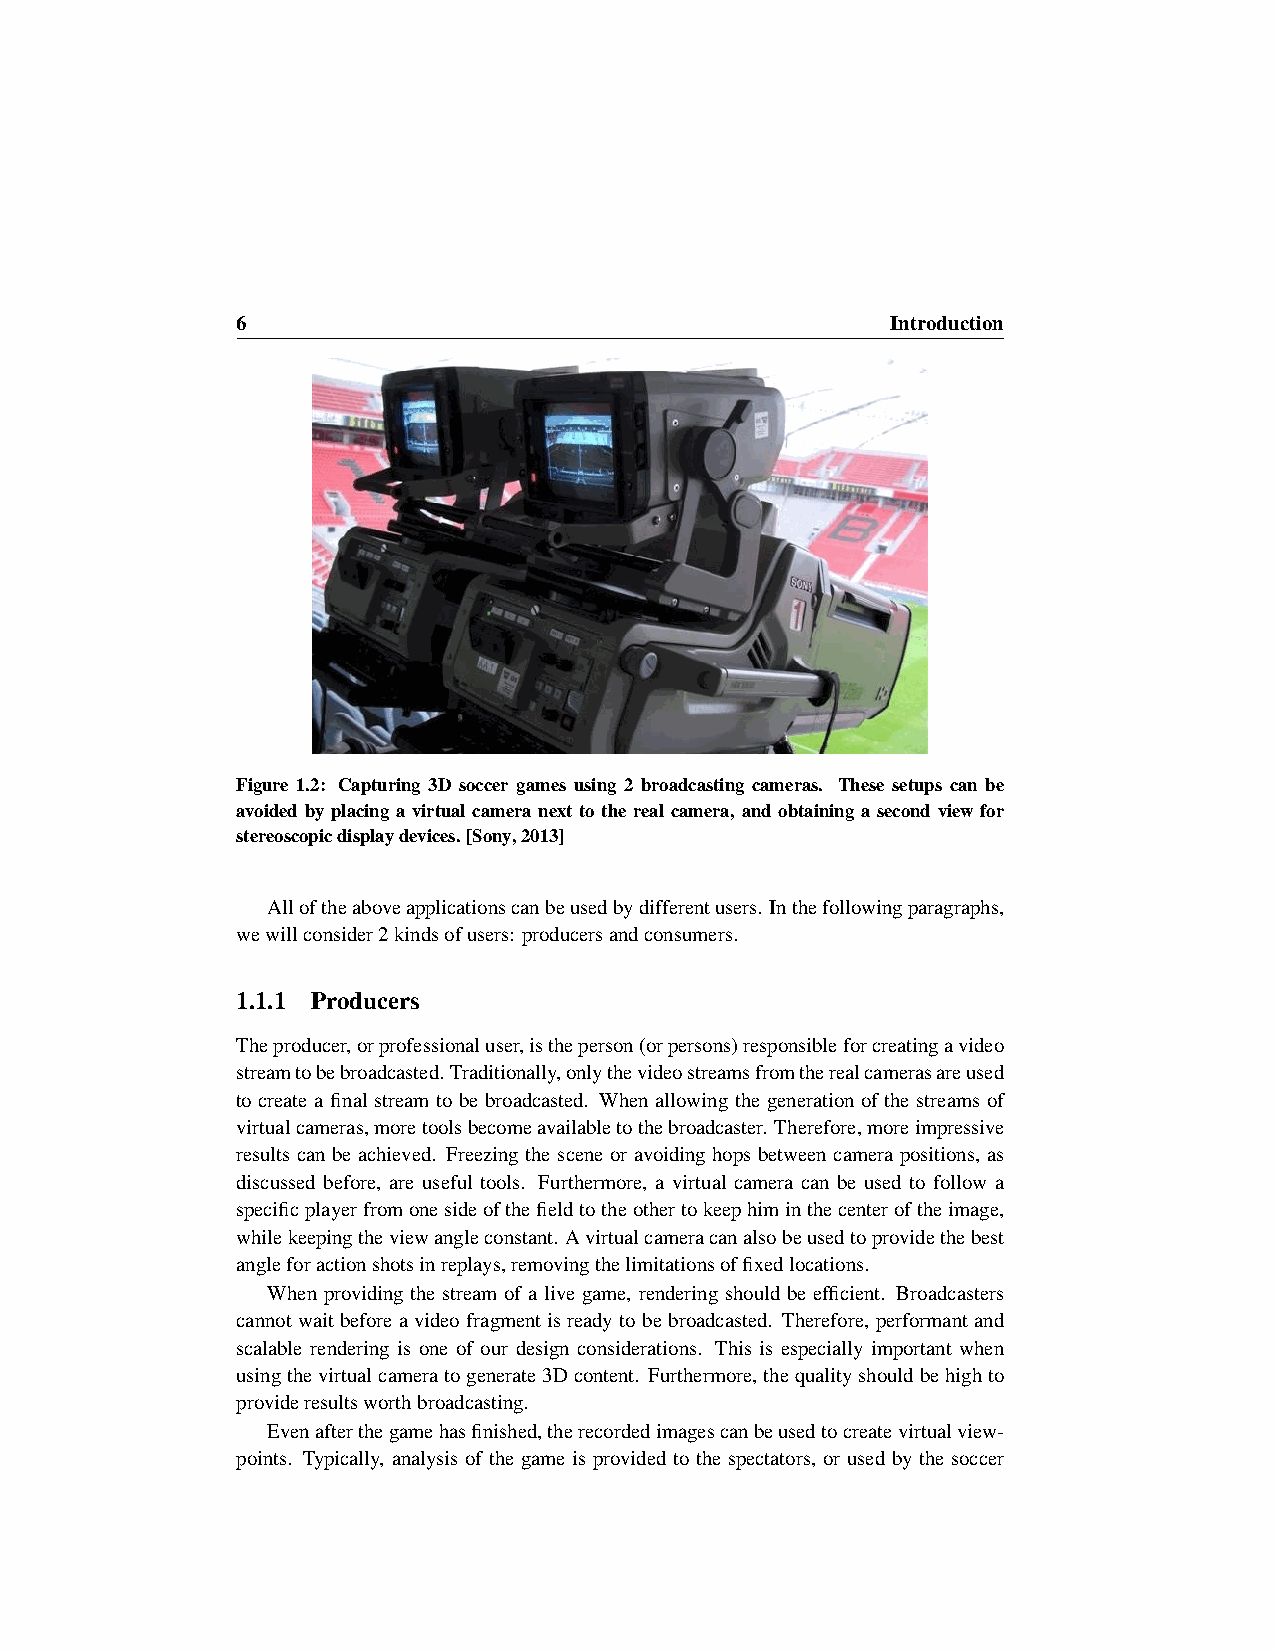
6                                          Introduction
 Figure 1.2: Capturing 3D soccer games using 2 broadcasting cameras. These setups can be
 avoided by placing a virtual camera next to the real camera, and obtaining a second view for
 stereoscopicdisplaydevices.[Sony,2013]
 Alloftheaboveapplicationscanbeusedbydifferentusers. Inthefollowingparagraphs,
 wewillconsider2kindsofusers: producersandconsumers.
 1.1.1 Producers
 Theproducer,orprofessionaluser,istheperson(orpersons)responsibleforcreatingavideo
 streamtobebroadcasted.Traditionally,onlythevideostreamsfromtherealcamerasareused
 to create a final stream to be broadcasted. When allowing the generation of the streams of
 virtualcameras,moretoolsbecomeavailabletothebroadcaster. Therefore,moreimpressive
 results can be achieved. Freezing the scene or avoiding hops between camera positions, as
 discussed before, are useful tools. Furthermore, a virtual camera can be used to follow a
 specificplayerfromonesideofthefieldtotheothertokeephiminthecenteroftheimage,
 whilekeepingtheviewangleconstant. Avirtualcameracanalsobeusedtoprovidethebest
 angleforactionshotsinreplays,removingthelimitationsoffixedlocations.
 When providing the stream of a live game, rendering should be efficient. Broadcasters
 cannotwaitbeforeavideofragmentisreadytobebroadcasted. Therefore, performantand
 scalable rendering is one of our design considerations. This is especially important when
 usingthevirtualcameratogenerate3Dcontent. Furthermore,thequalityshouldbehighto
 provideresultsworthbroadcasting.
 Evenafterthegamehasfinished,therecordedimagescanbeusedtocreatevirtualview-
 points. Typically, analysis of the game is provided to the spectators, or used by the soccer